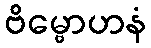
ဗိမ္ဗောဟနံ